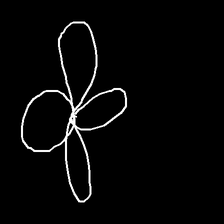
Glyph: billowing